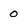
Character: 0